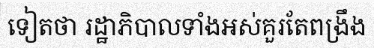
ទៀតថា រដ្ឋាភិបាលទាំងអស់គួរតែពង្រឹង